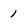
Character: 1